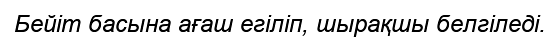
Бейіт басына ағаш егіліп, шырақшы белгіледі.